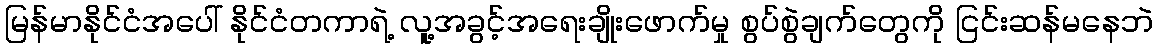
မြန်မာနိုင်ငံအပေါ် နိုင်ငံတကာရဲ့ လူ့အခွင့်အရေးချိုးဖောက်မှု စွပ်စွဲချက်တွေကို ငြင်းဆန်မနေဘဲ